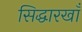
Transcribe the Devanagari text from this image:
सिद्धारखाँ